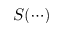
S ( \cdots )